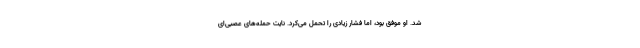
شد. او موفق بود، اما فشار زیادی را تحمل می‌کرد. نایت حمله‌های عصبی‌ای